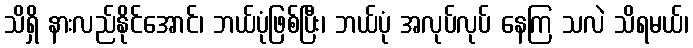
သိရှိ နားလည်နိုင်အောင်၊ ဘယ်ပုံဖြစ်ပြီး၊ ဘယ်ပုံ အလုပ်လုပ် နေကြ သလဲ သိရမယ်၊